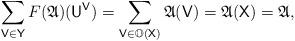
LaTeX: \begin{align*} \sum_{\mathsf V \in \mathsf Y} F(\mathfrak A)(\mathsf U^{\mathsf V}) = \sum_{\mathsf V \in \mathbb O(\mathsf X)} \mathfrak A(\mathsf V) = \mathfrak A(\mathsf X) = \mathfrak A, \end{align*}